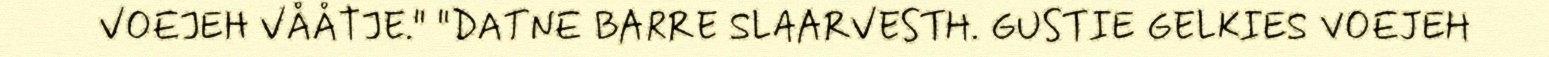
VOEJEH VÅÅTJE." "DATNE BARRE SLAARVESTH. GUSTIE GELKIES VOEJEH